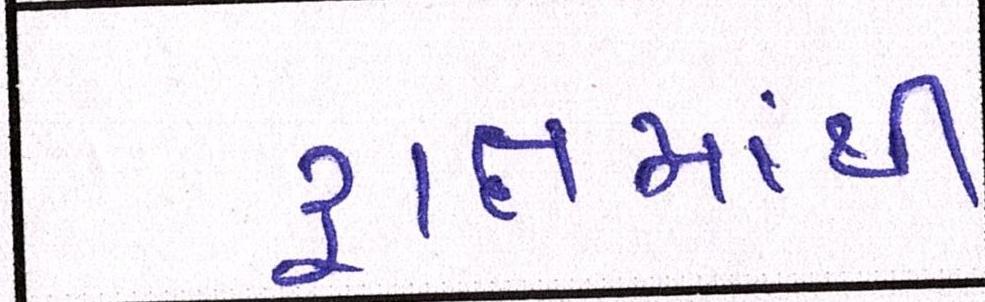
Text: દ્રાક્ષમાંથી